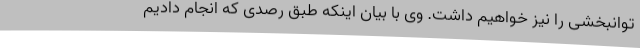
توانبخشی را نیز خواهیم داشت. وی با بیان اینکه طبق رصدی که انجام دادیم